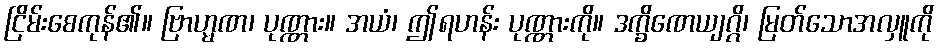
ငြိမ်းစေကုန်၏။ ဗြာဟ္မဏ၊ ပုဏ္ဏား။ အယံ၊ ဤရဟန်း ပုဏ္ဏားကို။ ဒက္ခိဏေယျဂ္ဂိ၊ မြတ်သောအလှူကို